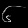
Digit: ၆